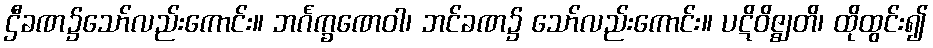
ဌီခဏ၌သော်လည်းကောင်း။ ဘင်္ဂက္ခဏေဝါ၊ ဘင်ခဏ၌ သော်လည်းကောင်း။ ပဋိဝိဇ္ဈတိ၊ ထိုထွင်း၍